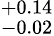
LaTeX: ^{+0.14}_{-0.02}